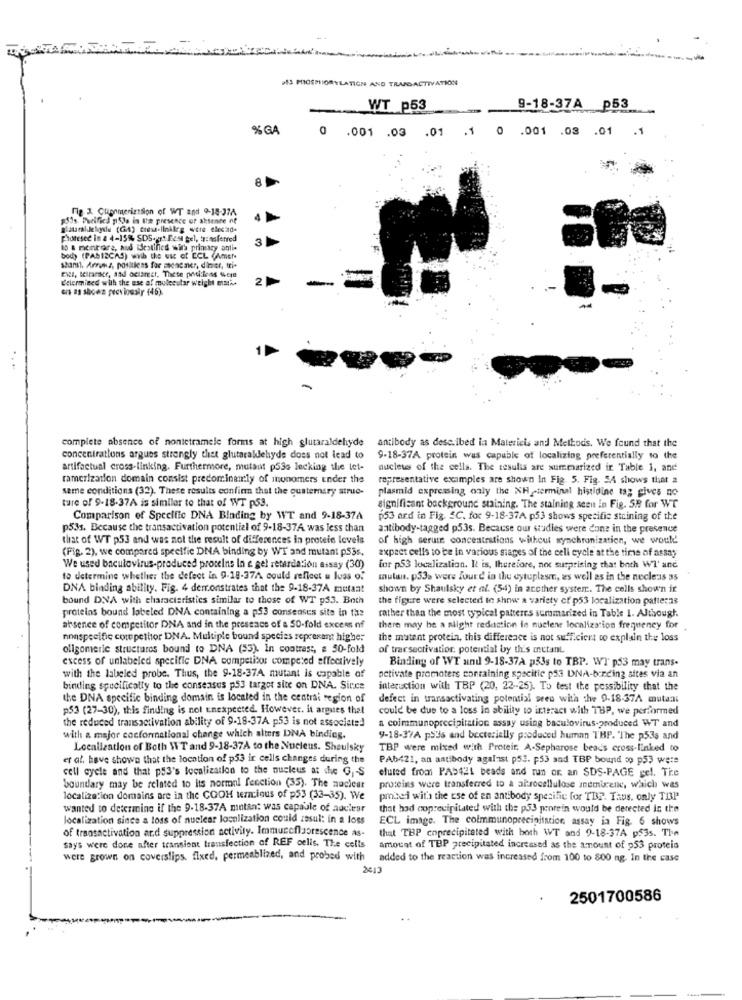
D13 PHOSPHORYLATION AND TRAPDACTIVATION
WT p53
9-18-37A p53
%GA
0 .001 .03 .01 .1 0 .001 .03 .01 .1
8
Fig 3 Cuipomerizssion of WT and 9-18-374
$Sos Purified psla in the presence of absence of
phoresee in a 4-15% SDS-rt Best gel, transferred
3
ID & mentrare, aud destined with primary anti-
body (PAS12CAS) with the use of ECL (Amer-
shansl. Arruns, potiuless for menener, dimier, tri-
Determined with the use of molecular weight etatie
2
en as sheen previously (46).
complete absence of nontetramele forms at high glutaraldehyde
antibody as described in Matericis and Methods. We found that the
concentrations argues strongly thet glutarakdehyde does not lead to
9-18-37A protein was capable of localizing preferentially to the
artifactual cross-linking. Furthermore, mutant p530 lecking the tet-
nucleus of the cells. The results are summarized ir Table 1, and
ramerization domain consist predominantly of monomers ender the
representative examples are shown In Fig. 5. Fig. SA shows that a
seme conditions (32). These results confirm that the quaternary struc-
plasmid expressing only the XH -terminal histidine tsg gives no
ture of 9-18-37A is similar to that of WT p53.
significant background staining. The staining seen in Fig. 58 for WT
Comparison of Specific DNA Binding by WT and 9-18-374
253 ard in Fig. SC. for 9-18-37A p53 shows specific steining of the
p53s. Because the transactivation potential of 9-18-37A was less than
antibody-tagged p53s. Because our studies were done in the presence
that of WT p53 and was not the result of differences in protein levels
of high serute concentrations without synchronization, we would'
expect cells to be in various stages of the cell cycle at the time of assay
(Fig. 2), we compared specific DNA binding by WT and mutant p.535.
We used baculovirus-produced proteins In e gel retardation assay (30)
for p53 localization. It is, therefore, not surprising that both W7' and
to determine whether the defect in 9-18-37A could reflect u luas of
mutant. p53% were found in the cytoplasm, as well as in the necle:1s 35
DNA binding ability. Fig. 4 derronstrates that the 9-18-37A mutant
shown by Shaulsky et af. (54) in another system .. The cells show'n it
bound DNA with characteristics similar to those of WT p53. Both
the figure were selected to show a variety of p53 localization patterns
proteins bound labeled DNA containing a p53 consenses site in the
rather than the most typical patterns summarized in Table 1. Although.
absence of competitor DNA and in the presence of a 50-fold excess of
there may be a slight reduction in nuclear localization frequency for
nonspecific competitor DNA. Multiple bound species reprenant higher
the mutent protein, this difference is not sufficient to explain the loss
oligomeric structures bound to DNA (53). In contrast, e 50-fold
of trarsectivation: potential by this attant.
excess of unlabeled specific DNA competitor competed effectively
Binding of WT and 9-18-37A p53s to TBP. WT' p53 may trans-
with the labeled probe. Thus, the 9-18-37A mutant is capable of
activate promoters conraining specific p53 DNA-binding sites via an
binding specifically to the consensus p53 target site on DNA. Since
interaction with TBP (20, 22-25). To test the possibility that the
the DNA specific binding domain is located in the centrai region of
defect in transactivating potential seen with the 9-18-37A mutant
p53 (27-30), this finding is not unexpected. However. it argues that
could be due to a loss in ability to interact with TBP, we performed
the reduced transactivation ability of 9-18-37A p53 is not associated
a coimmunoprecipitation assay using baculovirus-produced WT and
with a major conformational change which alters DNA binding.
9-18-37A p33s and bacterially produced human THP. "The p53s and
Localization of Both WT and 9-18-37A to the Nucleus. Shoulsky
TBP were mixed with Proteir, A-Sepharose beads cross-linked to
er al, have shown that the location of p53 ir cells changes during the
PA6421, an antibody against p53. p53 and TBP bound co p53 were
cell cycle and that p.3's localization to the nucleus at the G, - S
eluted from PAD421 beads and run or. an SDS-PAGE gel. Tie
boundary may be related to its normal fenction (35). The nuclear
proteins were transferred to a altrocellulose anembrene, which was
localization domains are in the COOH mercious of p53 (33-35). We
pmbei with the use of en antibody specific for THE. Taus. only TOP
wanted to determine if the 9-18-37A mintan: was capable of auclesr
that had coprecipitated with the p53 prorein would be derected in the
localization since a loss of nuclear localization could zesul: in a loss
ECL image. The coimmunoprecipitation assay in Fig. 6 shows
of transactivation and suppression activity. Immunefluorescence as-
that TBP coprecipitated with both WT and 9-18-37A p53s. The
says were done after transient transfection of REF cells. The cells
amount of TBP precipitated increased as the amount of p53 protein
were grown on coverslips. fixed, permeablized, and probed with
added to the reaction was increased from 100 to 800 ng. In the case
2501700586